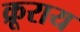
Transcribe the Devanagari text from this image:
क्रूराय